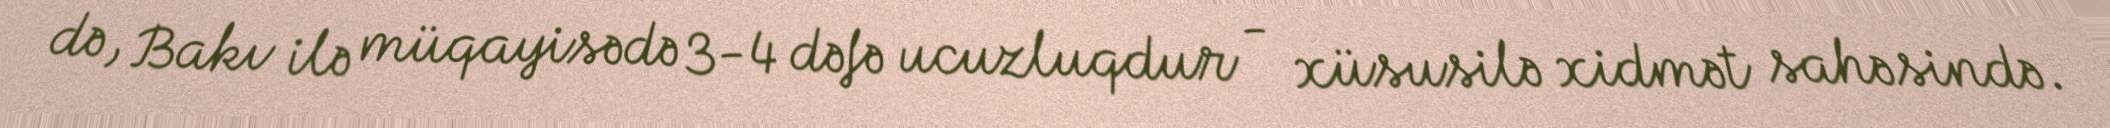
də, Bakı ilə müqayisədə 3-4 dəfə ucuzluqdur - xüsusilə xidmət sahəsində.